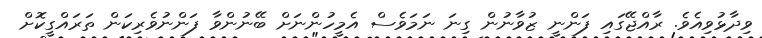
ވިދާޅުވިއެވެ. ރާއްޖޭގައި ފަންނީ ޒުވާނުން ގިނަ ނަމަވެސް އެމީހުންނަށް ބޭނުންވާ ފަންނުވެރިކަން ތަރައްގީކޮށް